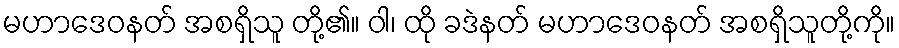
မဟာဒေဝနတ် အစရှိသူ တို့၏။ ဝါ၊ ထို ခဒဲနတ် မဟာဒေဝနတ် အစရှိသူတို့ကို။